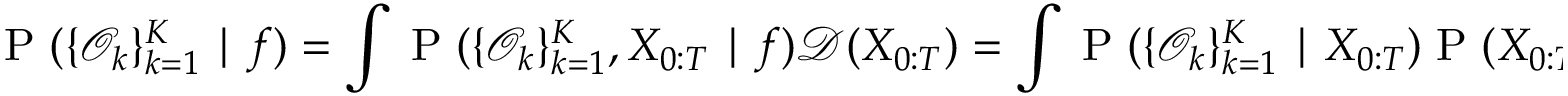
\small \mathrm { ~ P ~ } ( \{ \mathcal { O } _ { k } \} _ { k = 1 } ^ { K } \mid f ) = \int \mathrm { ~ P ~ } ( \{ \mathcal { O } _ { k } \} _ { k = 1 } ^ { K } , X _ { 0 : T } \mid f ) \mathcal { D } ( X _ { 0 : T } ) = \int \mathrm { ~ P ~ } ( \{ \mathcal { O } _ { k } \} _ { k = 1 } ^ { K } \mid X _ { 0 : T } ) \mathrm { ~ P ~ } ( X _ { 0 : T } | f ) \mathcal { D } ( X _ { 0 : T } ) ,